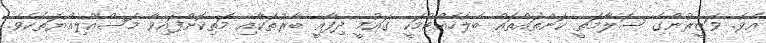
އެވެ. ވަޒީރުންގެ ސަލާމަތީ ކަންތައްތައް ބެލެހެއްޓުމަކީ ގައުމީ ދިފާއީ ބާރުތަކާއި މަތިކޮށްފައިވާ މަސްއޫލިއްޔަތެކެވެ.